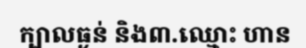
ក្បាលធ្ងន់ និង៣.ឈ្មោះ ហាន